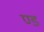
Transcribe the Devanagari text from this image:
ण्ड